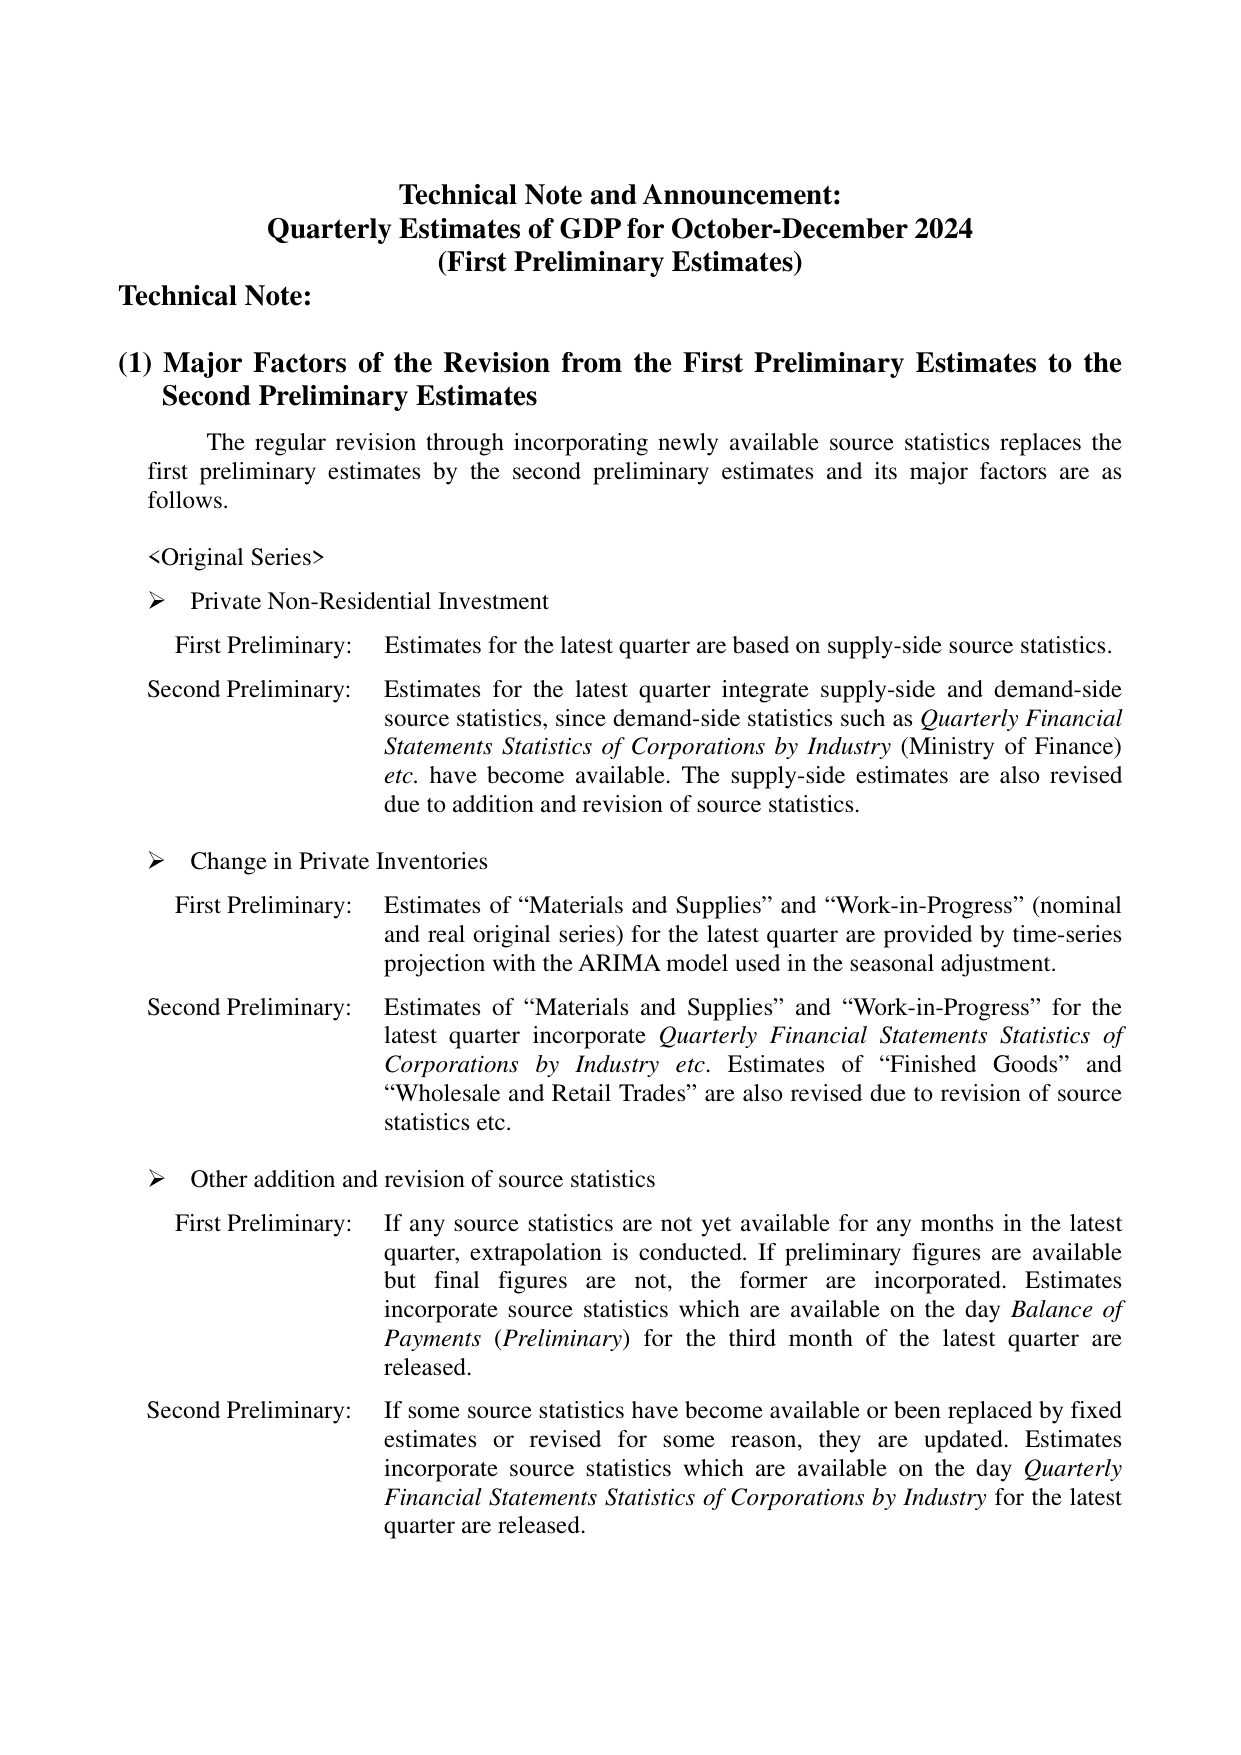
Technical Note and Announcement:
Quarterly Estimates of GDP for October-December 2024
(First Preliminary Estimates)

Technical Note:

(1) Major Factors of the Revision from the First Preliminary Estimates to the Second Preliminary Estimates

The regular revision through incorporating newly available source statistics replaces the first preliminary estimates by the second preliminary estimates and its major factors are as follows.

<Original Series>

➤ Private Non-Residential Investment
First Preliminary: Estimates for the latest quarter are based on supply-side source statistics.
Second Preliminary: Estimates for the latest quarter integrate supply-side and demand-side source statistics, since demand-side statistics such as Quarterly Financial Statements Statistics of Corporations by Industry (Ministry of Finance) etc. have become available. The supply-side estimates are also revised due to addition and revision of source statistics.

➤ Change in Private Inventories
First Preliminary: Estimates of “Materials and Supplies” and “Work-in-Progress” (nominal and real original series) for the latest quarter are provided by time-series projection with the ARIMA model used in the seasonal adjustment.
Second Preliminary: Estimates of “Materials and Supplies” and “Work-in-Progress” for the latest quarter incorporate Quarterly Financial Statements Statistics of Corporations by Industry etc. Estimates of “Finished Goods” and “Wholesale and Retail Trades” are also revised due to revision of source statistics etc.

➤ Other addition and revision of source statistics
First Preliminary: If any source statistics are not yet available for any months in the latest quarter, extrapolation is conducted. If preliminary figures are available but final figures are not, the former are incorporated. Estimates incorporate source statistics which are available on the day Balance of Payments (Preliminary) for the third month of the latest quarter are released.
Second Preliminary: If some source statistics have become available or been replaced by fixed estimates or revised for some reason, they are updated. Estimates incorporate source statistics which are available on the day Quarterly Financial Statements Statistics of Corporations by Industry for the latest quarter are released.